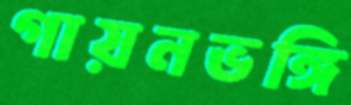
গায়নভঙ্গি